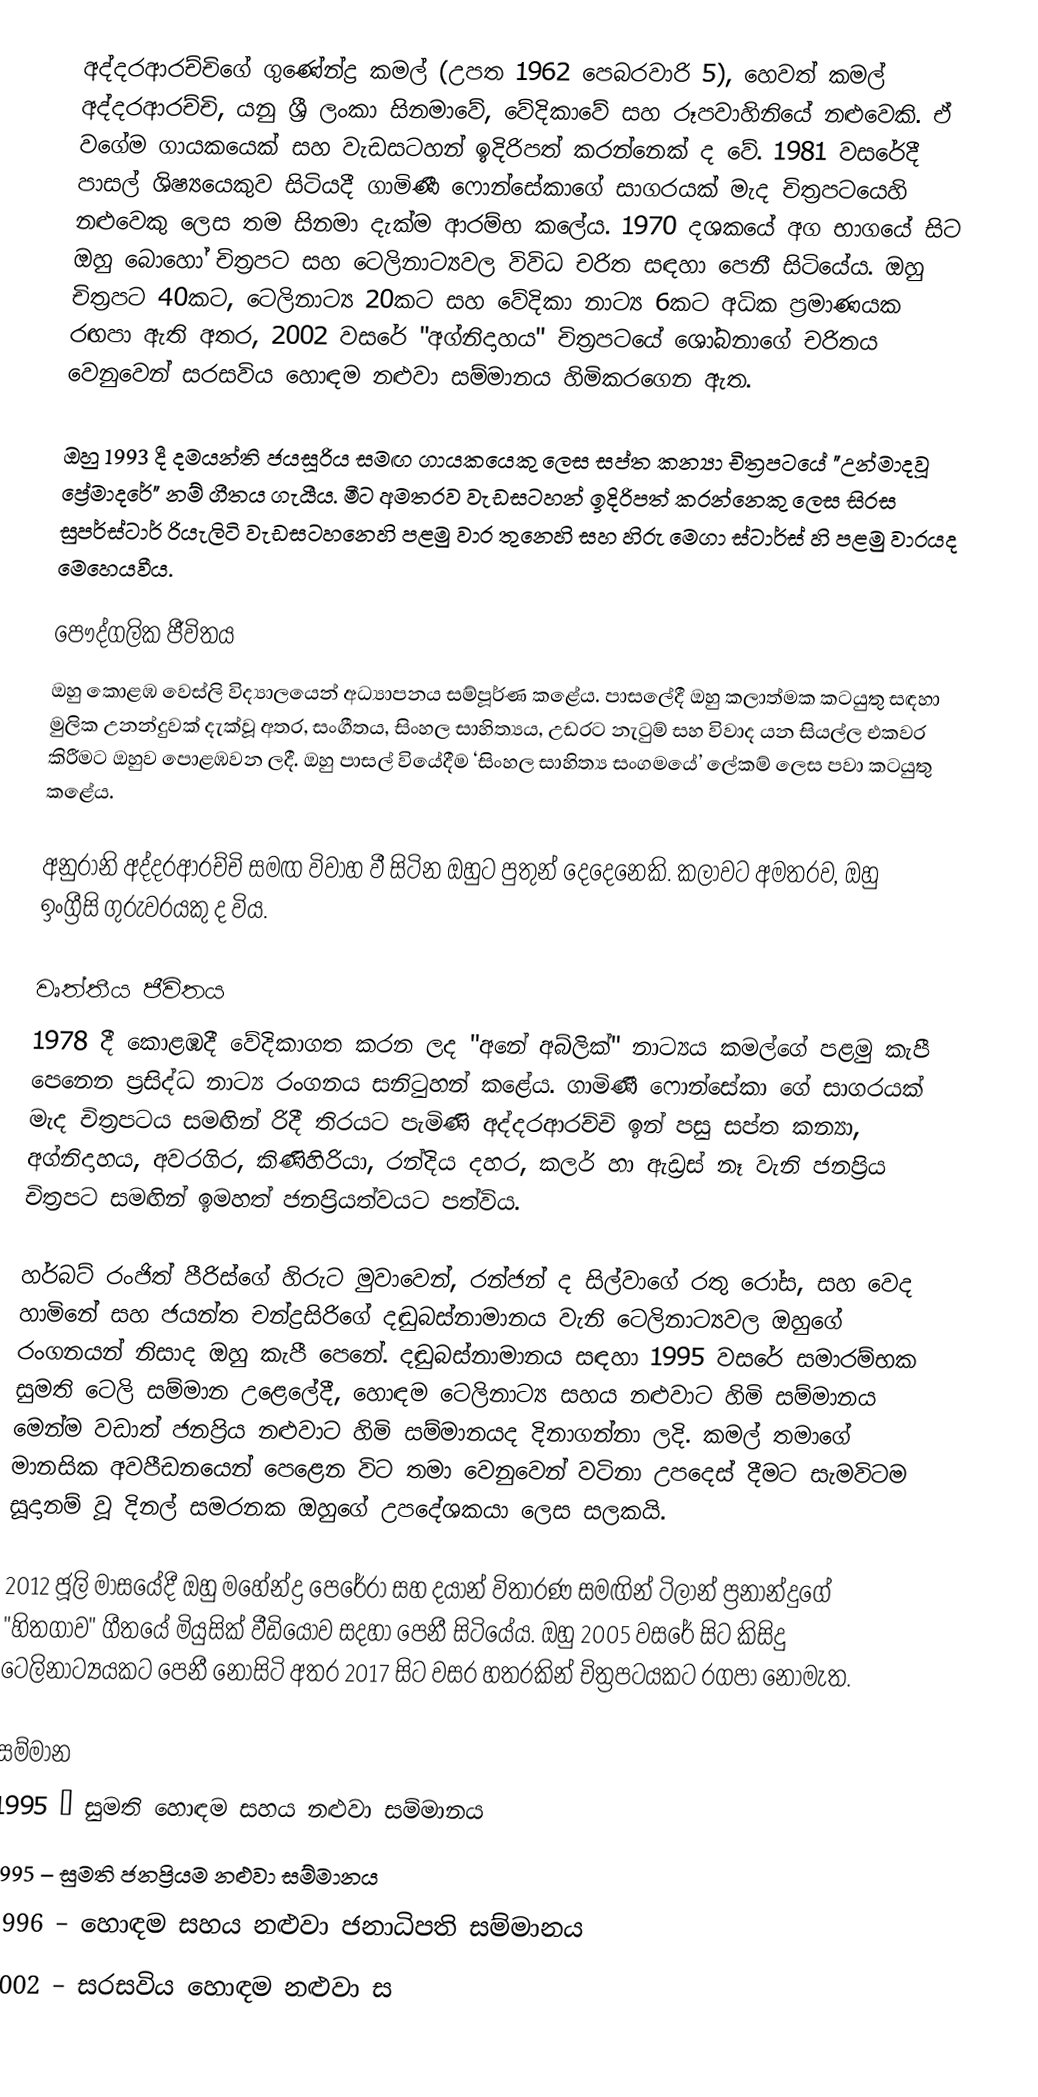
අද්දරආරච්චිගේ ගුණේන්ද්‍ර කමල් (උපත 1962 පෙබරවාරි 5), හෙවත් කමල් අද්දරආරච්චි, යනු ශ්‍රී ලංකා සිනමාවේ, වේදිකාවේ සහ රූපවාහිනියේ නළුවෙකි. ඒ වගේම ගායකයෙක් සහ වැඩසටහන් ඉදිරිපත් කරන්නෙක් ද වේ. 1981 වසරේදී පාසල් ශිෂ්‍යයෙකුව සිටියදී ගාමිණී ෆොන්සේකාගේ සාගරයක් මැද චිත්‍රපටයෙහි නළුවෙකු ලෙස තම සිනමා දැක්ම ආරම්භ කලේය. 1970 දශකයේ අග භාගයේ සිට ඔහු බොහෝ චිත්‍රපට සහ ටෙලිනාට්‍යවල විවිධ චරිත සඳහා පෙනී සිටියේය. ඔහු චිත්‍රපට 40කට, ටෙලිනාට්‍ය 20කට සහ වේදිකා නාට්‍ය 6කට අධික ප්‍රමාණයක රඟපා ඇති අතර, 2002 වසරේ "අග්නිදාහය" චිත්‍රපටයේ ශෝබනාගේ චරිතය වෙනුවෙන් සරසවිය හොඳම නළුවා සම්මානය හිමිකරගෙන ඇත.

ඔහු 1993 දී දමයන්ති ජයසූරිය සමඟ ගායකයෙකු ලෙස සප්ත කන්‍යා චිත්‍රපටයේ "උන්මාදවූ ප්‍රේමාදරේ" නම් ගීතය ගැයීය. මීට අමතරව වැඩසටහන් ඉදිරිපත් කරන්නෙකු ලෙස සිරස සුපර්ස්ටාර් රියැලිටි වැඩසටහනෙහි පළමු වාර තුනෙහි සහ හිරු මෙගා ස්ටාර්ස් හි පළමු වාරයද මෙහෙයවීය.

පෞද්ගලික ජීවිතය
ඔහු කොළඹ වෙස්ලි විද්‍යාලයෙන් අධ්‍යාපනය සම්පූර්ණ කළේය. පාසලේදී ඔහු කලාත්මක කටයුතු සඳහා මුලික උනන්දුවක් දැක්වූ අතර, සංගීතය, සිංහල සාහිත්‍යය, උඩරට නැටුම් සහ විවාද යන සියල්ල එකවර කිරීමට ඔහුව පොළඹවන ලදී. ඔහු පාසල් වියේදීම ‘සිංහල සාහිත්‍ය සංගමයේ’ ලේකම් ලෙස පවා කටයුතු කළේය.

අනුරානි අද්දරආරච්චි සමඟ විවාහ වී සිටින ඔහුට පුතුන් දෙදෙනෙකි. කලාවට අමතරව, ඔහු ඉංග්‍රීසි ගුරුවරයකු ද විය.

වෘත්තීය ජීවිතය
1978 දී කොළඹදී වේදිකාගත කරන ලද "අනේ අබ්ලික්" නාට්‍යය කමල්ගේ පළමු කැපී පෙනෙන ප්‍රසිද්ධ නාට්‍ය රංගනය සනිටුහන් කළේය. ගාමිණී ෆොන්සේකා ගේ සාගරයක් මැද චිත්‍රපටය සමඟින් රිදී තිරයට පැමිණි අද්දරආරච්චි ඉන් පසු සප්ත කන්‍යා, අග්නිදාහය, අවරගිර, කිණිහිරියා, රන්දිය දහර, කලර් හා ඇඩ්‍රස් නෑ වැනි ජනප්‍රිය චිත්‍රපට සමඟින් ඉමහත් ජනප්‍රියත්වයට පත්විය.

හර්බට් රංජිත් පීරිස්ගේ හිරුට මුවාවෙන්, රන්ජන් ද සිල්වාගේ රතු රෝස, සහ වෙද හාමිනේ සහ ජයන්ත චන්ද්‍රසිරිගේ දඬුබස්නාමානය වැනි ටෙලිනාට්‍යවල ඔහුගේ රංගනයන් නිසාද ඔහු කැපී පෙනේ. දඬුබස්නාමානය සඳහා 1995 වසරේ සමාරම්භක සුමති ටෙලි සම්මාන උළෙලේදී, හොඳම ටෙලිනාට්‍ය සහය නළුවාට හිමි සම්මානය මෙන්ම වඩාත් ජනප්‍රිය නළුවාට හිමි සම්මානයද දිනාගන්නා ලදි. කමල් තමාගේ මානසික අවපීඩනයෙන් පෙළෙන විට තමා වෙනුවෙන් වටිනා උපදෙස් දීමට සැමවිටම සූදානම් වූ දිනල් සමරනක ඔහුගේ උපදේශකයා ලෙස සලකයි.

2012 ජූලි මාසයේදී ඔහු මහේන්ද්‍ර පෙරේරා සහ දයාන් විතාරණ සමඟින් ටිලාන් ප්‍රනාන්දුගේ "හිතගාව" ගීතයේ මියුසික් වීඩියෝව සදහා පෙනී සිටියේය. ඔහු 2005 වසරේ සිට කිසිදු ටෙලිනාට්‍යයකට පෙනී නොසිටි අතර 2017 සිට වසර හතරකින් චිත්‍රපටයකට රගපා නොමැත.

සම්මාන
1995 – සුමති හොඳම සහය නළුවා සම්මානය
1995 – සුමති ජනප්‍රියම නළුවා සම්මානය
1996 – හොඳම සහය නළුවා ජනාධිපති සම්මානය
2002 – සරසවිය හොඳම නළුවා ස